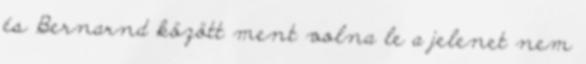
és Bernarnd között ment volna le a jelenet nem